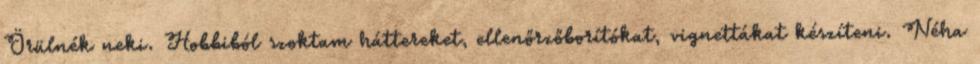
Örülnék neki. Hobbiból szoktam háttereket, ellenőrzőborítókat, vignettákat készíteni. Néha